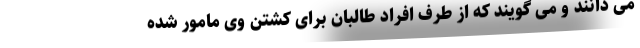
می دانند و می گویند که از طرف افراد طالبان برای کشتن وی مامور شده